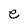
Character: e